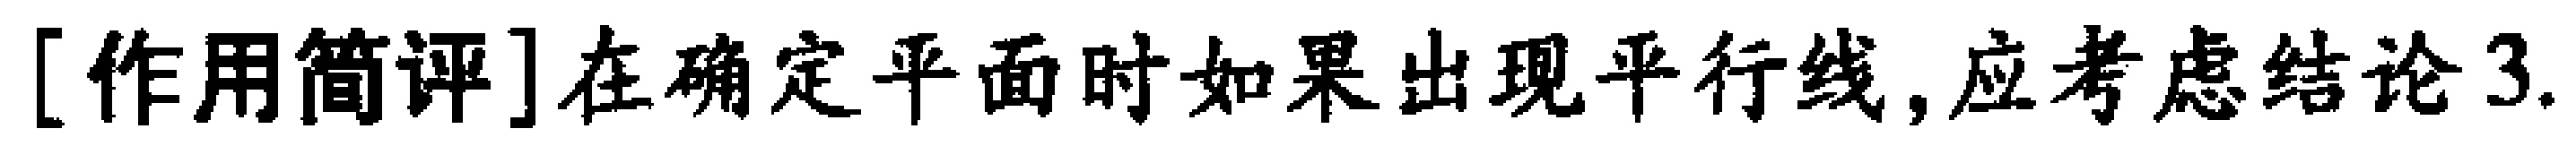
[作用简评]在确定平面时如果出现平行线,应考虑结论3.